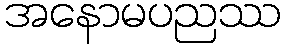
အနောမပညဿ